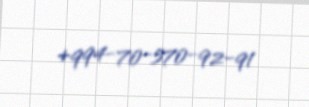
+994-70-570-92-91